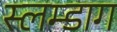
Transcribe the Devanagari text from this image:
स्लम्डाग